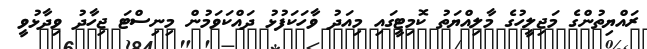
ރައްޔިތުންގެ މަޖިލީހުގެ މާލިއްޔަތު ކޮމިޓީގައި މިއަދު ވާހަކަފުޅު ދައްކަވަމުން މިނިސްޓަ ޖިހާދު ވިދާޅުވީ